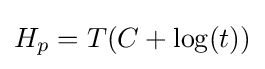
H_{p}=T(C+\log(t))